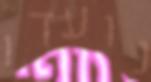
נועדו